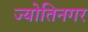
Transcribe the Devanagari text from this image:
ज्योतिनगर